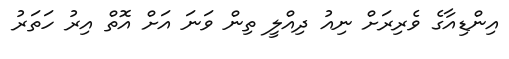
އިންޑިއާގެ ވެެރިރަށް ނިއު ދިއްލީ ތިން ވަނަ އަށް އޮތް އިރު ހަތަރު